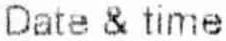
DATE & TIME